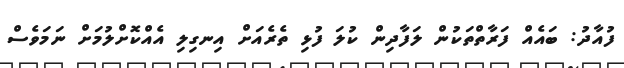
ފުއާދު: ބައެއް ފަރާތްތަކުން ލަފާދިން ކުލަ ފުޅި ތެރެއަށް އިނގިލި އެއްކޮށްލުމަށް ނަމަވެސް